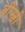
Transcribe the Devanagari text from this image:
बीस्वी